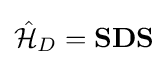
{\hat {\mathcal {H}}}_{D}=\mathbf {SDS}